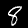
Digit: 8